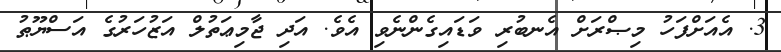
3. އެއަށްފަހު މިޞްރަށް އެނބުރި ވަޑައިގެންނެވި އެވެ. އަދި ޖާމިޢަތުލް އަޒުހަރުގެ އަސްޔޫޠު